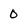
Character: 0